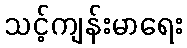
သင့်ကျန်းမာရေး